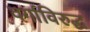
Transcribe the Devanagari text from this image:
वर्गाविरुद्ध